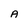
Character: A